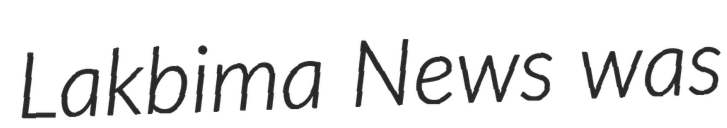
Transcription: Lakbima News was